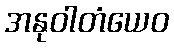
အနုဝါတံယေဝ